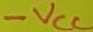
Text: -VCC